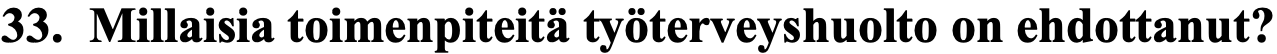
33. Millaisia toimenpiteitä työterveyshuolto on ehdottanut?